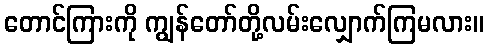
တောင်ကြားကို ကျွန်တော်တို့လမ်းလျှောက်ကြမလား။